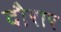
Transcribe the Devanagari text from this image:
दौरार